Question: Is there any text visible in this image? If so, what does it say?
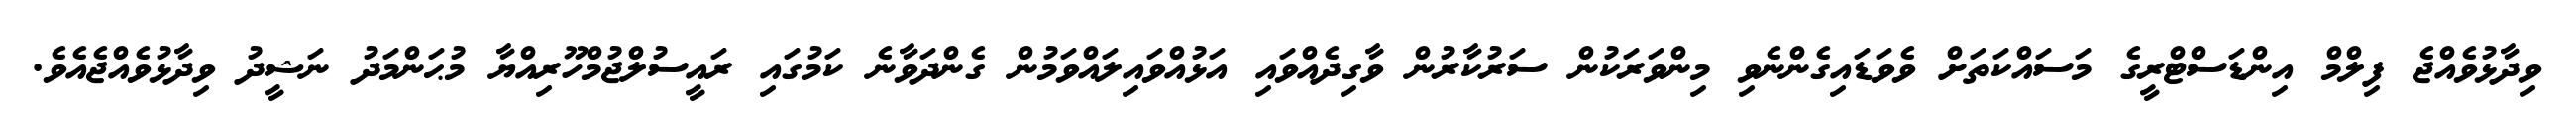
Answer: ވިދާޅުވެއްޖެ ފިލްމް އިންޑަސްޓްރީގެ މަސައްކަތަށް ވެވަޑައިގެންނެވި މިންވަރަކުން ސަރުކާރުން ވާގިދެއްވައި އަޅުއްވައިލައްވަމުން ގެންދަވާނެ ކަމުގައި ރައީސުލްޖުމްހޫރިއްޔާ މުޙަންމަދު ނަޝީދު ވިދާޅުވެއްޖެއެވެ.